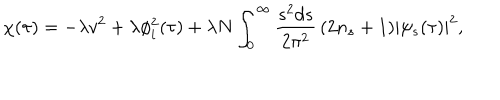
\chi ( \tau ) = - \lambda v ^ { 2 } + \lambda \phi _ { i } ^ { 2 } ( \tau ) + \lambda N \int _ { 0 } ^ { \infty } \frac { s ^ { 2 } d s } { 2 \pi ^ { 2 } } \, ( 2 n _ { s } + 1 ) | \psi _ { s } ( \tau ) | ^ { 2 } ,